Civil Veterinary Department. Madras. Admin. report 1926-33 - 1926-1933
Year: 1926
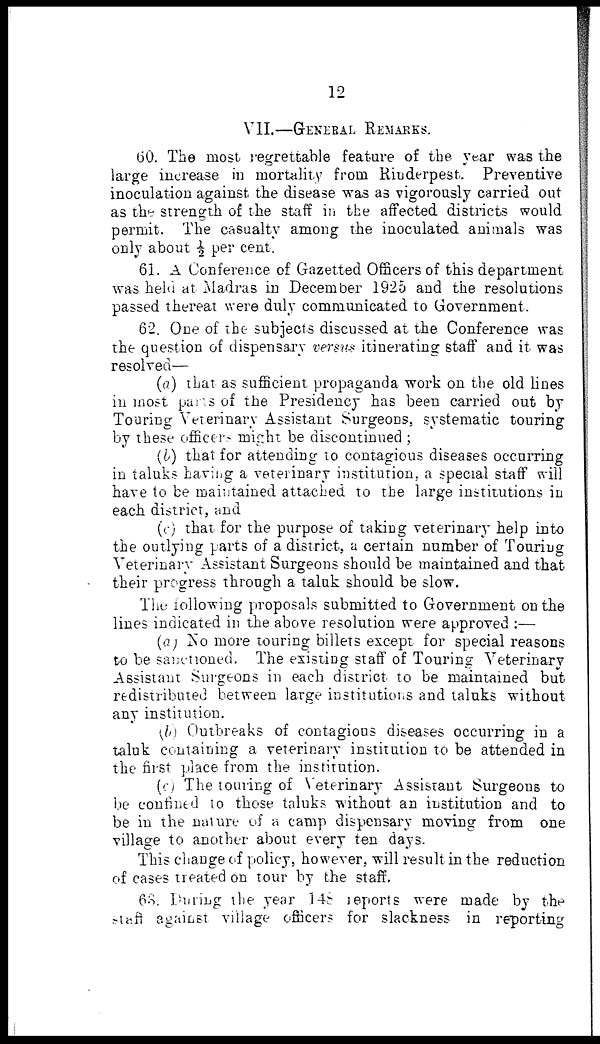
12
VII.—GENERAL REMARKS.
60. The most regrettable feature of the year was the
large increase in mortality from Rinderpest. Preventive
inoculation against the disease was as vigorously carried out
as the strength of the staff in the affected districts would
permit. The casualty among the inoculated animals was
only about ½ per cent.
61. A Conference of Gazetted Officers of this department
was held at Madras in December 1925 and the resolutions
passed thereat were duly communicated to Government.
62. One of the subjects discussed at the Conference was
the question of dispensary versus itinerating staff and it was
resolved—
(a) that as sufficient propaganda work on the old lines
in most parts of the Presidency has been carried out by
Touring Veterinary Assistant Surgeons, systematic touring
by these officers might be discontinued ;
(b) that for attending to contagious diseases occurring
in taluks having a veterinary institution, a special staff will
have to be maintained attached to the large institutions in
each district, and
(c) that for the purpose of taking veterinary help into
the outlying parts of a district, a certain number of Touring
Veterinary Assistant Surgeons should be maintained and that
their progress through a taluk should be slow.
The following proposals submitted to Government on the
lines indicated in the above resolution were approved :—
(a) No more touring billets except for special reasons
to be sanctioned. The existing staff of Touring Veterinary
Assistant Surgeons in each district to be maintained but
redistributed between large institutions and taluks without
any institution.
(b) Outbreaks of contagions diseases occurring in a
taluk containing a veterinary institution to be attended in
the first place from the institution.
(c) The touring of Veterinary Assistant Surgeons to
be confined to those taluks without an institution and to
be in the nature of a camp dispensary moving from one
village to another about every ten days.
This change of policy, however, will result in the reduction
of cases treated on tour by the staff.
68. During the year 148 reports were made by the
staff against village officers for slackness in reporting